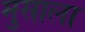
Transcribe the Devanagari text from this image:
मुसाला